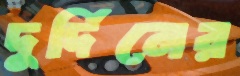
দুর্দিনের